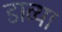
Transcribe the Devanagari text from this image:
डाव्‍या